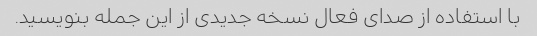
با استفاده از صدای فعال نسخه جدیدی از این جمله بنویسید.